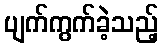
ပျက်ကွက်ခဲ့သည့်